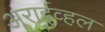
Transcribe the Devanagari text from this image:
अराईव्हल